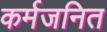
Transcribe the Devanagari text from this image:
कर्मजनित